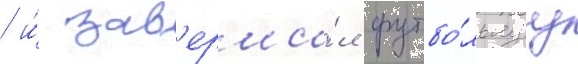
/ и́ зав'ерши́л футбо́льнуу